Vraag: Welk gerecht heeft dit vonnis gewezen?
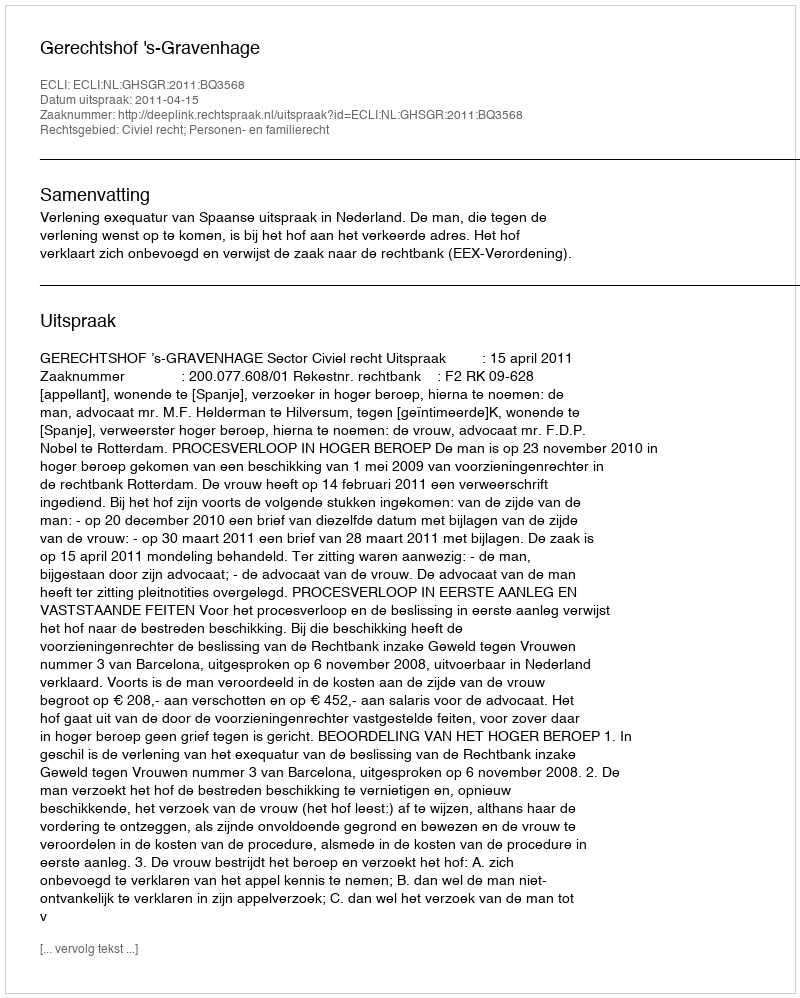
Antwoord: Gerechtshof 's-Gravenhage